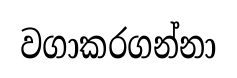
වගාකරගන්නා